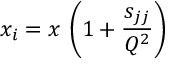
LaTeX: x _ { i } = x \, \left( 1 + \frac { { s _ { j j } } } { Q ^ { 2 } } \right)